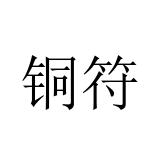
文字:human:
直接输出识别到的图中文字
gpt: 铜符